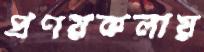
প্রণয়কলায়